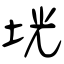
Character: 垙